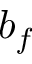
b _ { f }